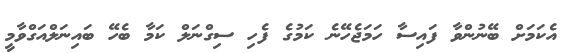
އެކަމަށް ބޭނުންވާ ފައިސާ ހަމަޖެހޭނެ ކަމުގެ ފެހި ސިގްނަލް ކަމާ ބެހޭ ބައިނަލްއަގްވާމީ